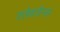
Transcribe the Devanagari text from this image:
एलेक्ज़ैन्डर